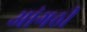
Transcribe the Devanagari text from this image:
आंगठी